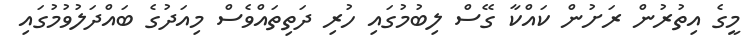
މީގެ އިތުރުން ރަށުން ކައްކާ ގޭސް ލިބުމުގައި ހުރި ދަތިތައްވެސް މިއަދުގެ ބައްދަލުވުމުގައި